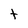
Character: t